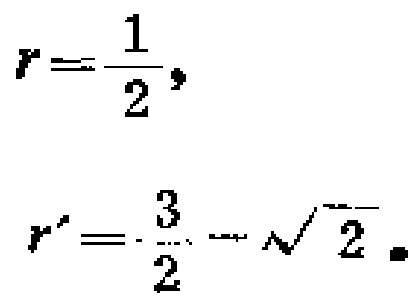
\[
r = \frac{1}{2},
\]
\[
r' = \frac{3}{2} - \sqrt{2}.
\]